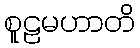
စူဠမဟာတိ